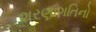
શરણાગતિનો